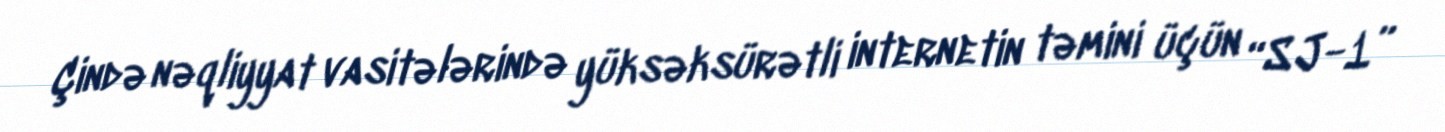
Çində nəqliyyat vasitələrində yüksəksürətli internetin təmini üçün “SJ-1”